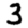
Digit: 3